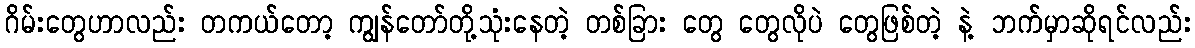
ဂိမ်းတွေဟာလည်း တကယ်တော့ ကျွန်တော်တို့သုံးနေတဲ့ တစ်ခြား တွေ တွေလိုပဲ တွေဖြစ်တဲ့ နဲ့ ဘက်မှာဆိုရင်လည်း